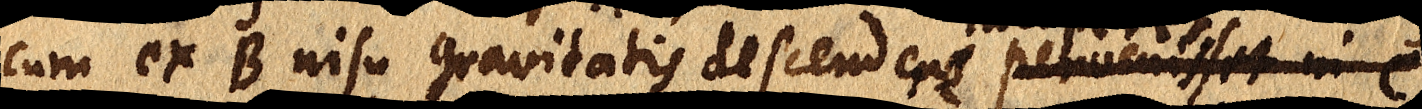
cum ex B nisu gravitatis descendere pervenisset in C,